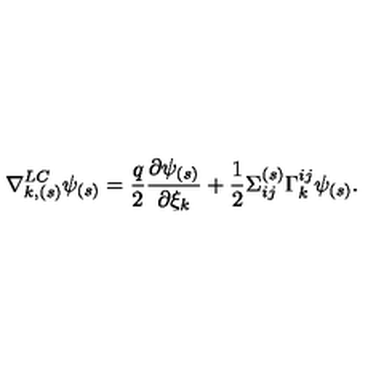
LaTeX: \nabla _ { k , ( s ) } ^ { L C } \psi _ { ( s ) } = { \frac { q } { 2 } } { \frac { \partial \psi _ { ( s ) } } { \partial \xi _ { k } } } + { \frac { 1 } { 2 } } \Sigma _ { i j } ^ { ( s ) } \Gamma _ { k } ^ { i j } \psi _ { ( s ) } .